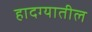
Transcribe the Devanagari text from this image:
हादग्यातील